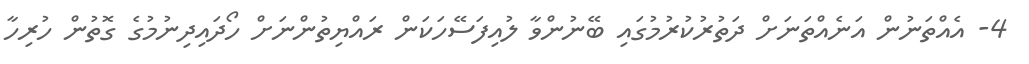
4- އެއްތަނުން އަނެއްތަނަށް ދަތުރުކުރުމުގައި ބޭނުންވާ ލުއިފަސޭހަކަން ރައްޔިތުންނަށް ހޯދައިދިނުމުގެ ގޮތުން ހުރިހާ